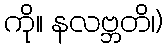
ကို။ နလဗ္ဘတိ၊)